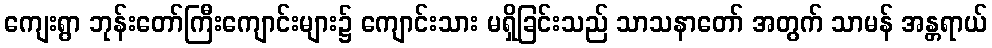
ကျေးရွာ ဘုန်းတော်ကြီးကျောင်းများ၌ ကျောင်းသား မရှိခြင်းသည် သာသနာတော် အတွက် သာမန် အန္တရာယ်